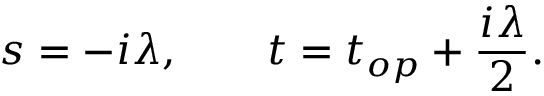
s = - i \lambda , \qquad t = t _ { o p } + { \frac { i \lambda } { 2 } } .